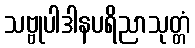
သဗ္ဗုပါဒါနပရိညာသုတ္တံ